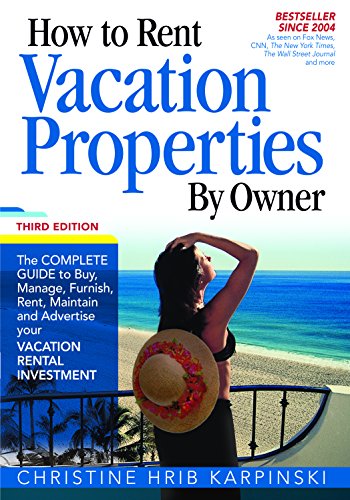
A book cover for How To Rent Vacation Properties by Owner Third Edition: The Complete Guide to Buy, Manage, Furnish, Rent, Maintain and Advertise Your Vacation Rental Investment; Christine Hrib-Karpinski; Business & Money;